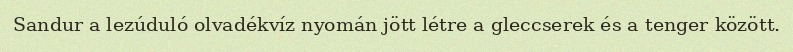
Sandur a lezúduló olvadékvíz nyomán jött létre a gleccserek és a tenger között.